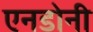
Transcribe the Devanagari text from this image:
एनडोनी